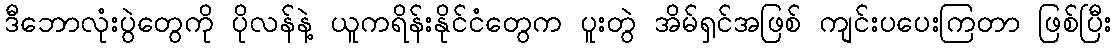
ဒီဘောလုံးပွဲတွေကို ပိုလန်နဲ့ ယူကရိန်းနိုင်ငံတွေက ပူးတွဲ အိမ်ရှင်အဖြစ် ကျင်းပပေးကြတာ ဖြစ်ပြီး